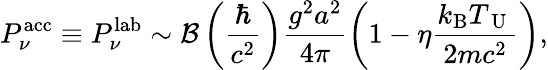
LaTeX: P_{\nu}^{\mathrm{acc}}\equiv P_{\nu}^{\mathrm{lab}}\sim{\cal B}\left(\frac{\hbar}{c^{2}}\right)\frac{g^{2}a^{2}}{4\pi}\left(1-\eta\frac{k_{\mathrm{B}}T_{\mathrm{~U~}}}{2mc^{2}}\right),